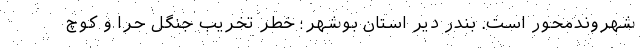
شهروندمحور است. بندر دیّر استان بوشهر؛ خطر تخریب جنگل‌ حرّا و کوچ